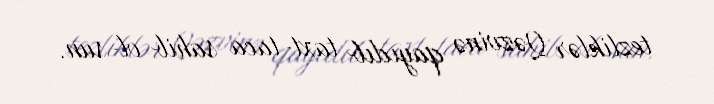
tezliklər Qəzvinə qayıdıb taxt-taca sahib ol-sun.